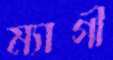
ম্যাগী